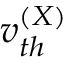
v _ { t h } ^ { ( X ) }